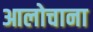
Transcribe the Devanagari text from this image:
आलोचाना